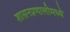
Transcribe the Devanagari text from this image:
शासनप्रणालीमध्ये